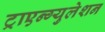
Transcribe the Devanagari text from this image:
ट्राएन्ग्युलेशन